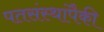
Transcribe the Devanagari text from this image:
पतसंस्थांपैकी